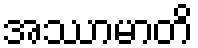
အဿာမာတိ